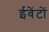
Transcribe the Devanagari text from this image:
ईवेंटों